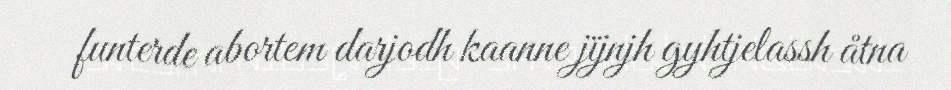
funterde abortem darjodh kaanne jïjnjh gyhtjelassh åtna